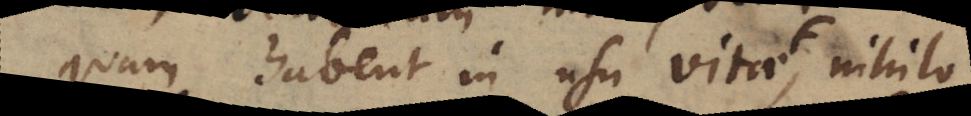
quam habent in usu vitae F, nihilo